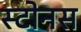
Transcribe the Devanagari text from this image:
स्टोनस